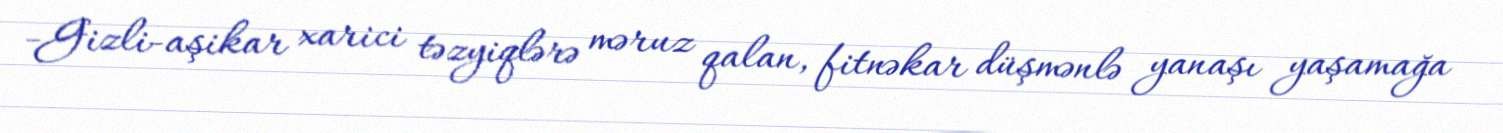
-Gizli-aşikar xarici təzyiqlərə məruz qalan, fitnəkar düşmənlə yanaşı yaşamağa